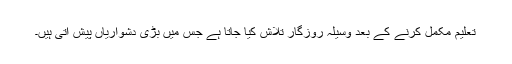
تعلیم مکمل کرنے کے بعد وسیلہ روزگار تلاش کیا جاتا ہے جس میں بڑی دشواریاں پیش آتی ہیں۔